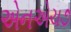
એનએચ૭